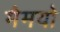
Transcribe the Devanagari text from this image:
मैमयो